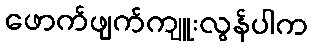
ဖောက်ဖျက်ကျူးလွန်ပါက